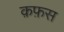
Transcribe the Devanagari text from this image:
क़फ़स